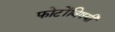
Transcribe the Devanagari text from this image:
फोटोंविषयी